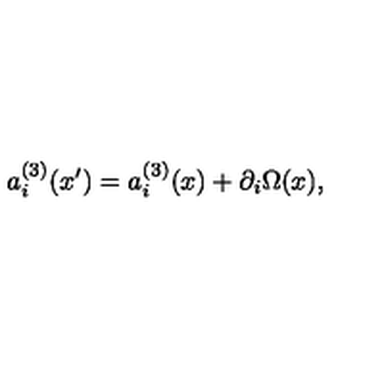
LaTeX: a _ { i } ^ { ( 3 ) } ( x ^ { \prime } ) = a _ { i } ^ { ( 3 ) } ( x ) + \partial _ { i } \Omega ( x ) ,